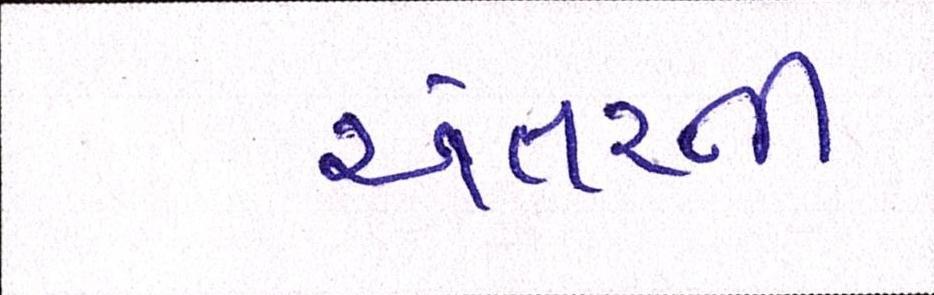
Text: અંતરની